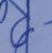
Signature authenticity: genuine